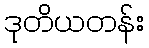
ဒုတိယတန်း